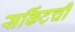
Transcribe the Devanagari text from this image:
सर्किटची